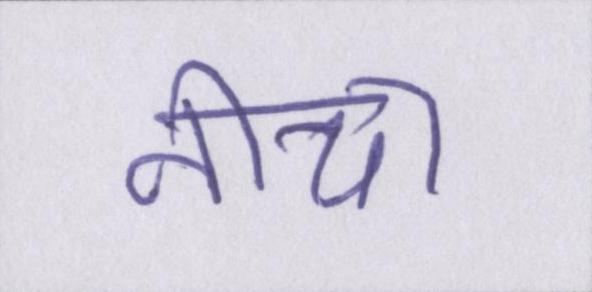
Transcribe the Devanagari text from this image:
नीचा